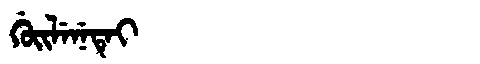
Manchu: ᡤᡠᡳᠯᡝᠨᡝᡨᡝᡳ
Romanization: GUILENETEI